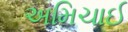
અમિચાઈ